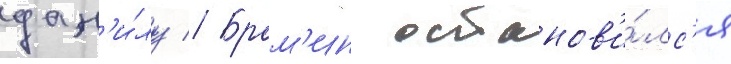
дан'и́лу // Брам'ин останов'и́лс'я